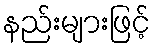
နည်းများဖြင့်